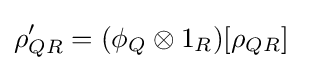
\rho _{QR}'=(\phi _{Q}\otimes 1_{R})[\rho _{QR}]\quad